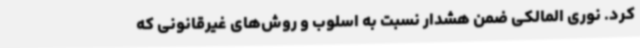
کرد. نوری المالکی ضمن هشدار نسبت به اسلوب و روش‌های غیرقانونی که